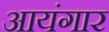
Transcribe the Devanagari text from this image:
आयंगार